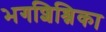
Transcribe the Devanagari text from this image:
भगशिश्निका